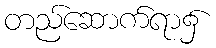
တည်ဆောက်ရာ၌